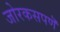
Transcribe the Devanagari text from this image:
जोरकसपणॆ